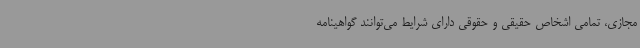
مجازی، تمامی اشخاص حقیقی و حقوقی دارای شرایط می‌توانند گواهینامه